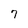
Character: 7